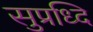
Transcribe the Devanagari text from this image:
सुप्रध्दि